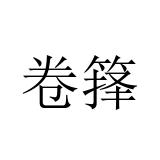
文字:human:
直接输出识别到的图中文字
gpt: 卷箨